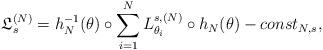
LaTeX: \begin{align*}\mathfrak{L}_s^{(N)}=h^{-1}_N(\theta)\circ \sum_{i=1}^{N}L^{s,(N)}_{\theta_i}\circ h_N(\theta)-const_{N,s},\end{align*}